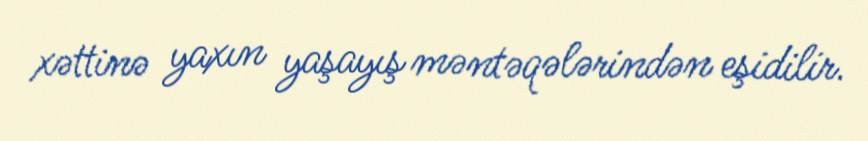
xəttinə yaxın yaşayış məntəqələrindən eşidilir.